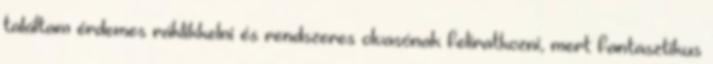
találtam érdemes ráklikkelni és rendszeres olvasónak feliratkozni, mert fantasztikus